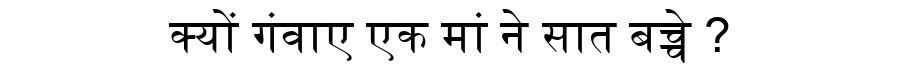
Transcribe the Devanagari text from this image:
क्यों गंवाए एक मां ने सात बच्चे ?